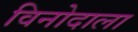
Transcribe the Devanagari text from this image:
विनोदाला